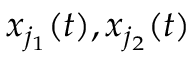
x _ { j _ { 1 } } ( t ) , x _ { j _ { 2 } } ( t )